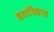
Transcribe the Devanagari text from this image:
कथाविकास